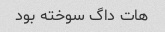
هات داگ سوخته بود